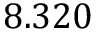
8 . 3 2 0